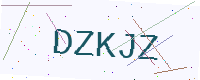
Text: DZKJZ